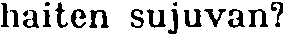
haiten sujuvan?